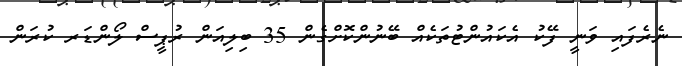
ނެރެފައި ވަނީ ފޭކު އެކައުންޓުތަކެއް ބޭނުންކޮށްގެން 35 ބިލިއަން ރުޕީސް ލޯންޑަރ ކުރަން